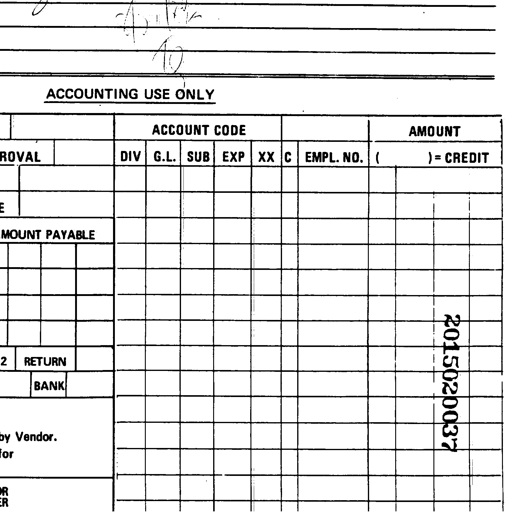
To
ACCOUNTING USE ONLY
ACCOUNT CODE
AMOUNT
ROVAL
DIV
G.L.
SUB
EXP
XX
C
EMPL. NO.
(
) = CREDIT
E
MOUNT PAYABLE
2
RETURN
BANK
by Vendor.
for
OR
ER
2015020037